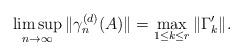
LaTeX: \begin{align*}\limsup_{n\to\infty}\|\gamma^{(d)}_{n}(A)\|=\max_{1\leq k\leq r}\|\Gamma'_k\|.\end{align*}